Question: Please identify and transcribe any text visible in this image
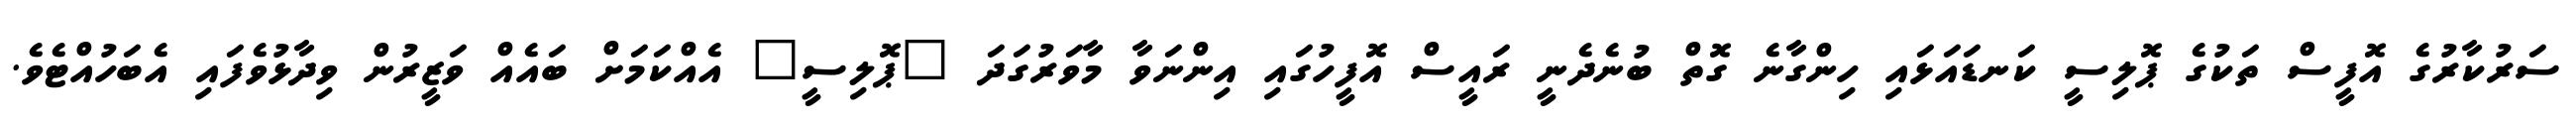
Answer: ސަރުކާރުގެ އޮފީސް ތަކުގެ ޕޮލިސީ ކަނޑައަޅައި ހިންގާނެ ގޮތް ބުނެދެނީ ރައީސް އޮފީހުގައި އިންނަވާ މާވަރުގަދަ "ޕޮލިސީ" އެއްކަމަށް ބައެއް ވަޒީރުން ވިދާޅުވެފައި އެބަހުއްޓެވެ.